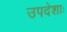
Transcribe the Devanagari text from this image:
उपदेशाः